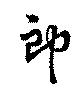
郎